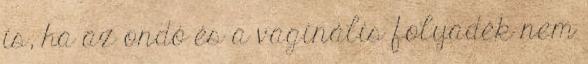
is, ha az ondó és a vaginális folyadék nem